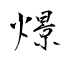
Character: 燝